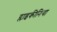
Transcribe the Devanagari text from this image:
ग्लाइकीनिया